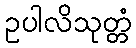
ဥပါလိသုတ္တံ